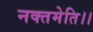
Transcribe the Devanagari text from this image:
नक्तमेति।।